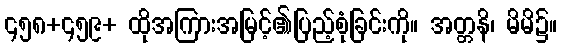
၄၅၈+၄၅၉+ ထိုအကြားအမြင့်၏ပြည့်စုံခြင်းကို။ အတ္တနိ၊ မိမိ၌။